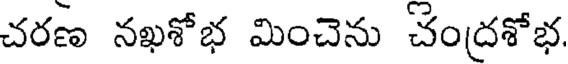
చరణ నఖశోభ మించెను చంద్రశోభ